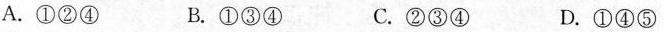
A.①②④ B. ①③④ C.②③④ D.①④⑤